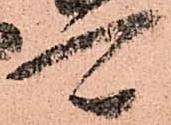
可